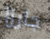
جارزا